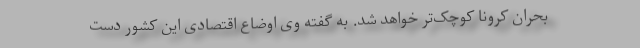
بحران کرونا کوچک‌تر خواهد شد. به گفته وی اوضاع اقتصادی این کشور دست